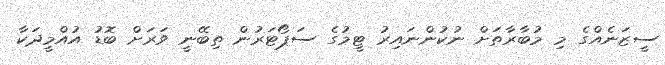
ސީޒަނެއްގެ މި މުބާރާތަށް ނުކުންނައިރު ޓީމުގެ ސަޕޯޓަރުން ތިބޭނީ ވަރަށް ބޮޑު އުއްމީދަކާ